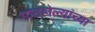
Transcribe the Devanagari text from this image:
गाठलेल्यांच्या